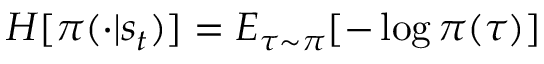
H [ \pi ( \cdot | s _ { t } ) ] = E _ { \tau \sim \pi } [ - \log \pi ( \tau ) ]